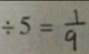
\frac { 5 } { 9 } \div 5 = \frac { 1 } { 9 }